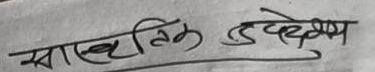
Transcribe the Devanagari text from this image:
सास्कृतिक उद्देश्य